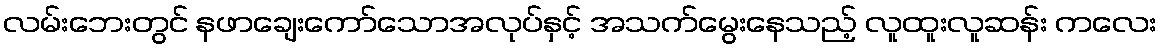
လမ်းဘေးတွင် နဖာချေးကော်သောအလုပ်နှင့် အသက်မွေးနေသည့် လူထူးလူဆန်း ကလေး